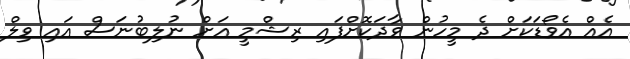
އެއް އެވޯޑަކަށް ދެ މީހުން ވާދަކޮށްފައި ރިޝްމީ އަށް ނުލިބުނަސް އައި ވިލް